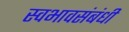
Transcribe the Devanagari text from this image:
स्वभावसंबंधी